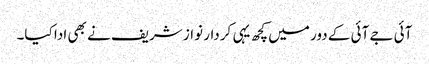
آئی جے آئی کے دور میں کچھ یہی کردار نواز شریف نے بھی ادا کیا۔